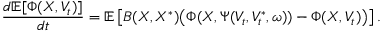
\frac { d \mathbb { E } [ \Phi ( X , V _ { t } ) ] } { d t } = \mathbb { E } \left[ B ( X , X ^ { \ast } ) \bigl ( \Phi ( X , \Psi ( V _ { t } , V _ { t } ^ { \ast } , \omega ) ) - \Phi ( X , V _ { t } ) \bigr ) \right] .